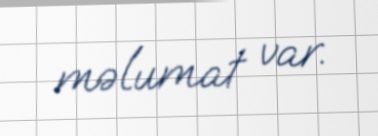
məlumat var.